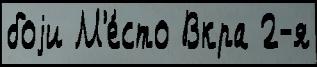
боjи М'е́сто Вкра 2-я